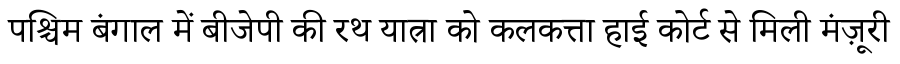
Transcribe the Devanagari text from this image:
पश्चिम बंगाल में बीजेपी की रथ यात्रा को कलकत्ता हाई कोर्ट से मिली मंज़ूरी